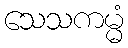
သေသကမ္မံ